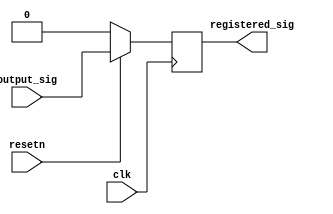
module registered_output #(
    parameter width = 1
) (
    input  clk,
    input  resetn,
    input  [width - 1:0] output_sig,
    output [width - 1:0] registered_sig
);

reg  [width - 1:0] ff;

always @ (posedge clk) begin
    if (~resetn) begin
        ff <= 0;
    end else begin
        ff <= output_sig;
    end
end

assign registered_sig = ff;

endmodule